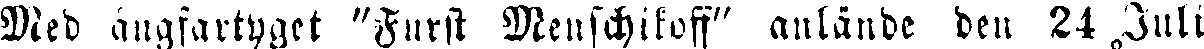
Med ängfartyget "Furst Menschikoff" anlände den 24. Juli